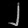
Digit: ၂